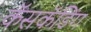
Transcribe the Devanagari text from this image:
कॅसकॅडिंग